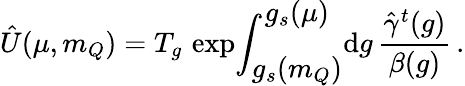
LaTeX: \hat{U}(\mu,m_{Q})=T_{g}\, \exp\! \int_{\displaystyle g_{s}(m_{Q})}^{\displaystyle g_{s}(\mu)}\! \mathrm{d}g\, {\frac{\hat{\gamma}^{t}(g)}{\beta(g)}}\, .